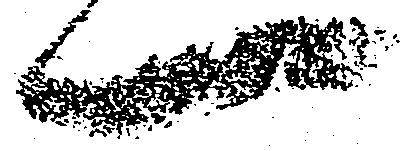
一